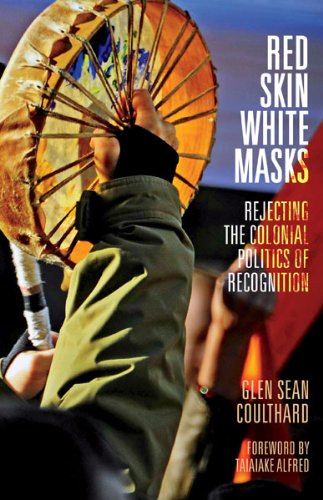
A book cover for Red Skin, White Masks: Rejecting the Colonial Politics of Recognition (Indigenous Americas); Glen Sean Coulthard; History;